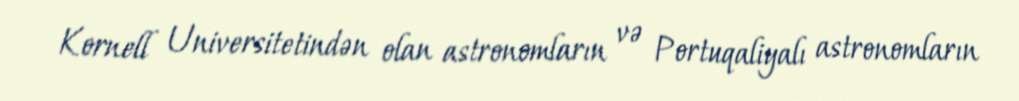
Kornell Universitetindən olan astronomların və Portuqaliyalı astronomların